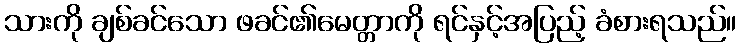
သားကို ချစ်ခင်သော ဖခင်၏မေတ္တာကို ရင်နှင့်အပြည့် ခံစားရသည်။